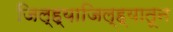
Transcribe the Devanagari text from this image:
जिल्ह्याजिल्ह्यातून